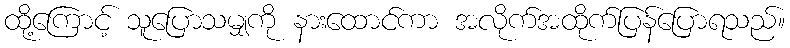
ထို့ကြောင့် သူပြောသမျှကို နားထောင်ကာ အလိုက်အထိုက်ပြန်ပြောရသည်။